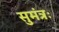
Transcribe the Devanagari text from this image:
सुमंत्रः